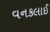
વનકલાઈ